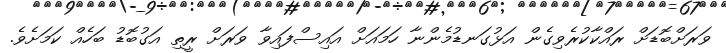
ވަރަށްބޮޑަށް ރައްކާކުރެވިގެން އަޅުގަނޑުމެންނާ ހަމައަށް އައިސްފައިވާ ވަރަށް ރީތި އަގުބޮޑު ބަހެއް ކަމަށެވެ.